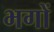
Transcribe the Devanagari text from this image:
भगों